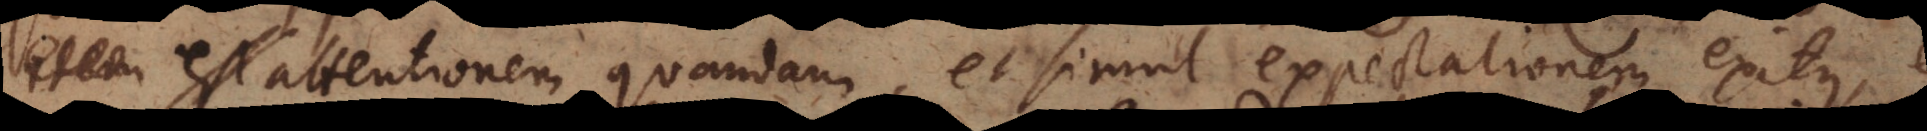
est attentionem quandam, et simul expectationem exitus,